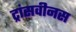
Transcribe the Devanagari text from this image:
ट्रांसवीनस